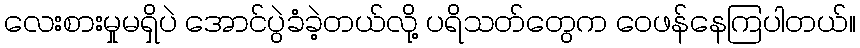
လေးစားမှုမရှိပဲ အောင်ပွဲခံခဲ့တယ်လို့ ပရိသတ်တွေက ဝေဖန်နေကြပါတယ်။